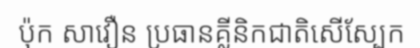
ប៉ុក សាវឿន ប្រធានគ្លីនិកជាតិសើស្បែក